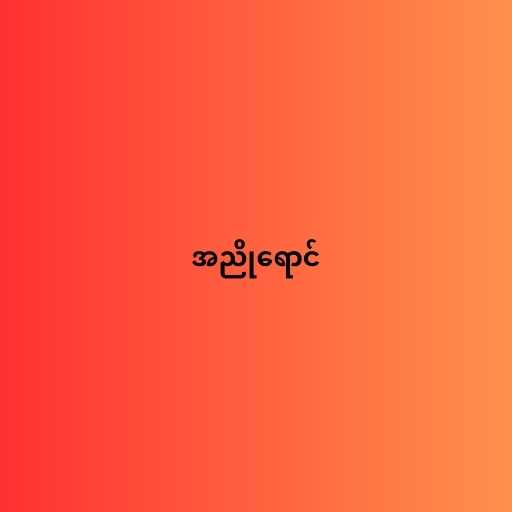
အညိုရောင်